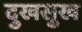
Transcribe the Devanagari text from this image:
दुखसुख